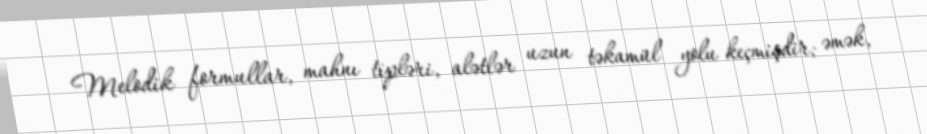
Melodik formullar, mahnı tipləri, alətlər uzun təkamül yolu keçmişdir; əmək,